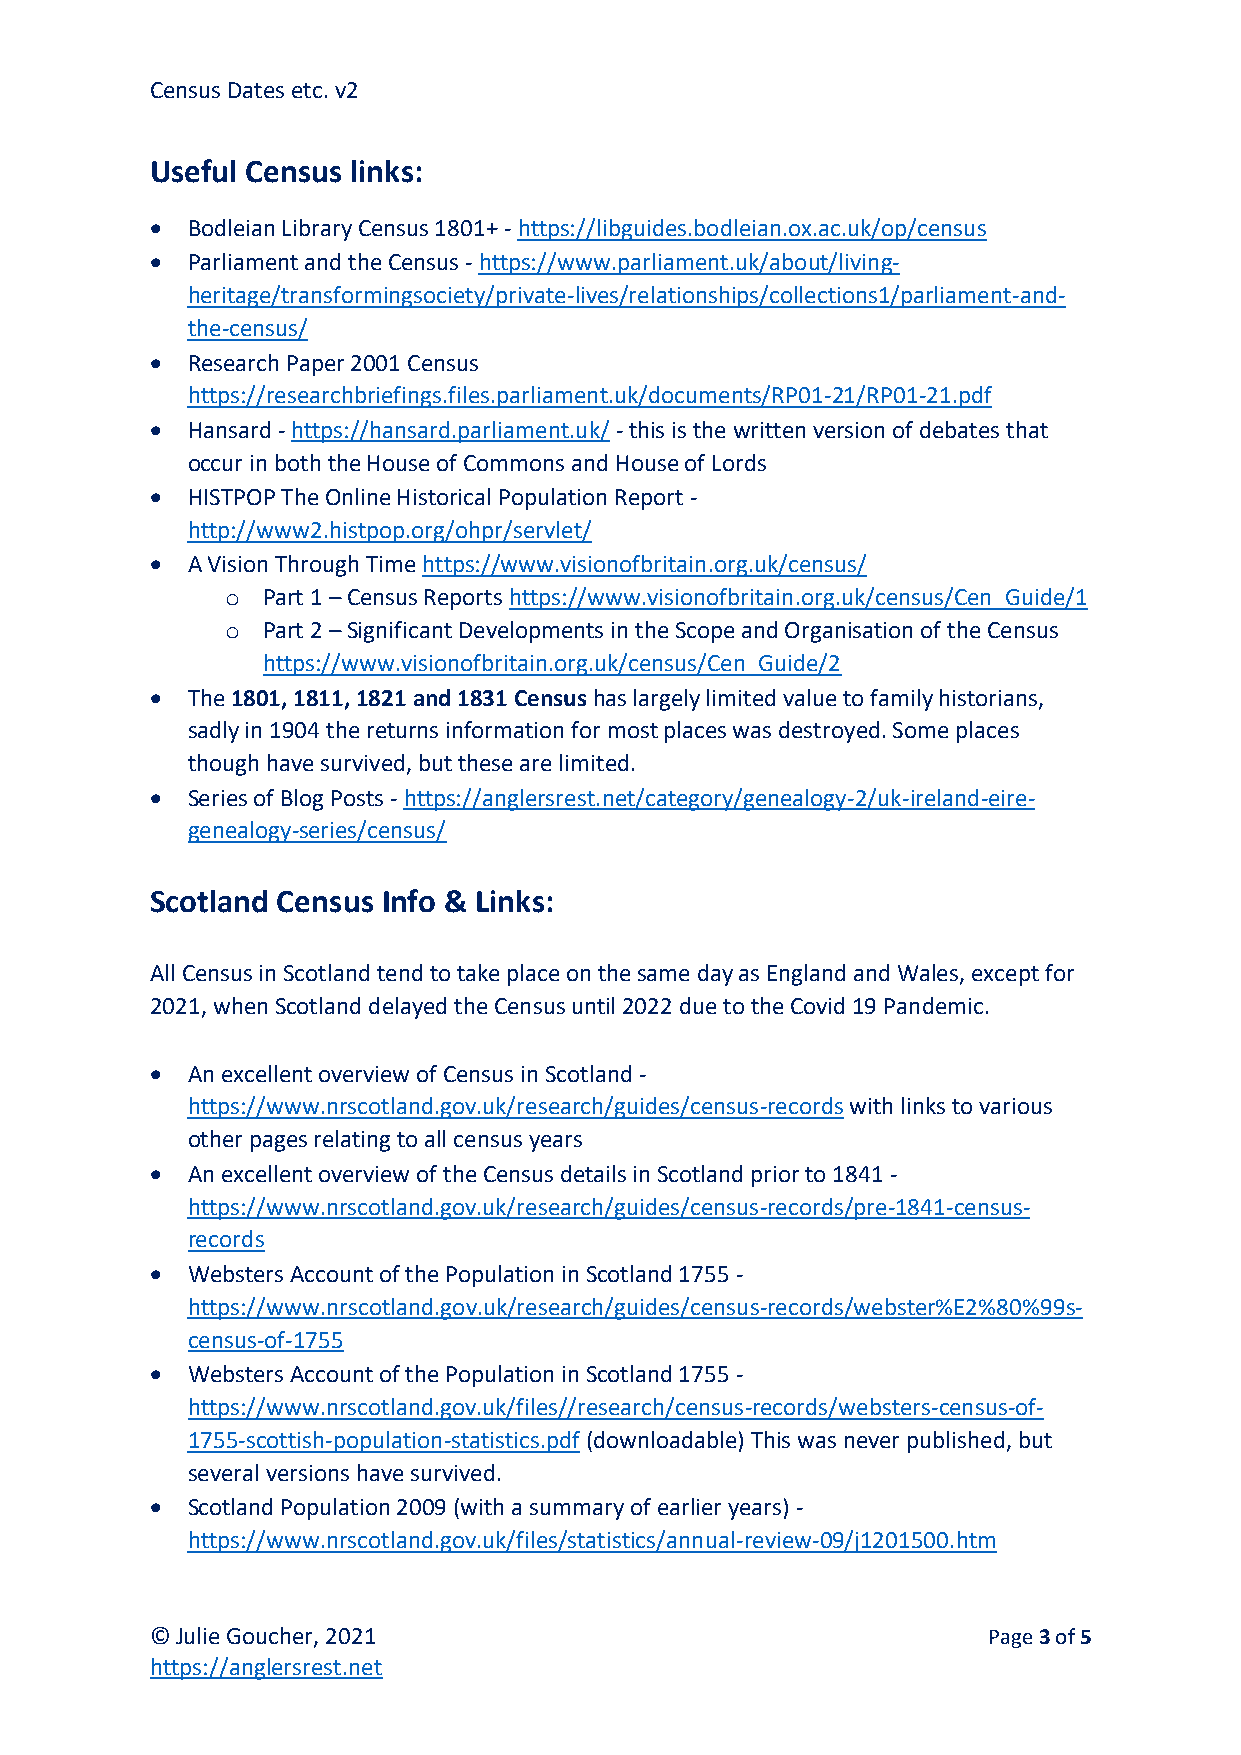
Census Dates etc. v2
 Useful Census links:
 • Bodleian Library Census 1801+ - https://libguides.bodleian.ox.ac.uk/op/census
 • Parliament and the Census - https://www.parliament.uk/about/living-
 heritage/transformingsociety/private-lives/relationships/collections1/parliament-and-
 the-census/
 • Research Paper 2001 Census
 https://researchbriefings.files.parliament.uk/documents/RP01-21/RP01-21.pdf
 • Hansard - https://hansard.parliament.uk/ - this is the written version of debates that
 occur in both the House of Commons and House of Lords
 • HISTPOP The Online Historical Population Report -
 http://www2.histpop.org/ohpr/servlet/
 • A Vision Through Time https://www.visionofbritain.org.uk/census/
 o Part 1 – Census Reports https://www.visionofbritain.org.uk/census/Cen_Guide/1
 o Part 2 – Significant Developments in the Scope and Organisation of the Census
 https://www.visionofbritain.org.uk/census/Cen_Guide/2
 • The 1801, 1811, 1821 and 1831 Census has largely limited value to family historians,
 sadly in 1904 the returns information for most places was destroyed. Some places
 though have survived, but these are limited.
 • Series of Blog Posts - https://anglersrest.net/category/genealogy-2/uk-ireland-eire-
 genealogy-series/census/
 Scotland Census Info & Links:
 All Census in Scotland tend to take place on the same day as England and Wales, except for
 2021, when Scotland delayed the Census until 2022 due to the Covid 19 Pandemic.
 • An excellent overview of Census in Scotland -
 https://www.nrscotland.gov.uk/research/guides/census-records with links to various
 other pages relating to all census years
 • An excellent overview of the Census details in Scotland prior to 1841 -
 https://www.nrscotland.gov.uk/research/guides/census-records/pre-1841-census-
 records
 • Websters Account of the Population in Scotland 1755 -
 https://www.nrscotland.gov.uk/research/guides/census-records/webster%E2%80%99s-
 census-of-1755
 • Websters Account of the Population in Scotland 1755 -
 https://www.nrscotland.gov.uk/files//research/census-records/websters-census-of-
 1755-scottish-population-statistics.pdf (downloadable) This was never published, but
 several versions have survived.
 • Scotland Population 2009 (with a summary of earlier years) -
 https://www.nrscotland.gov.uk/files/statistics/annual-review-09/j1201500.htm
 © Julie Goucher, 2021                                  Page 3 of 5
 https://anglersrest.net